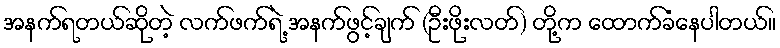
အနက်ရတယ်ဆိုတဲ့ လက်ဖက်ရဲ့ အနက်ဖွင့်ချက် (ဦးဖိုးလတ်) တို့က ထောက်ခံနေပါတယ်။